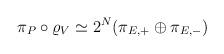
LaTeX: \begin{align*}\pi_P\circ\varrho_V \simeq 2^N (\pi_{E,+}\oplus\pi_{E,-})\end{align*}